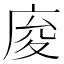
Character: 𢈡